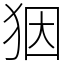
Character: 𤝱